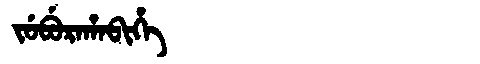
Manchu: ᠵᡠᠪᡠᡵᠠᡥᠠᠪᡳᡥᡝ
Romanization: JUBURAHABIHE